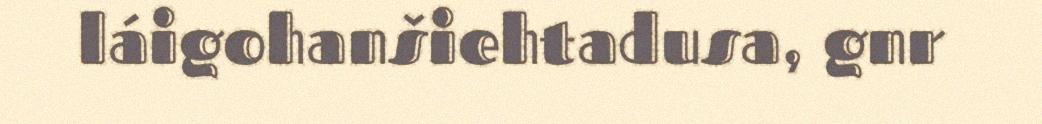
láigohanšiehtadusa, gnr